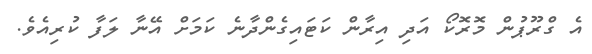
އެ ގްރޫޕުން މޮރޮކޯ އަދި އިރާން ކަޓައިގެންދާނެ ކަމަށް އޭނާ ލަފާ ކުރިއެވެ.